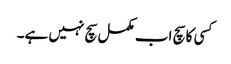
کسی کا سچ اب مکمل سچ نہیں ہے۔